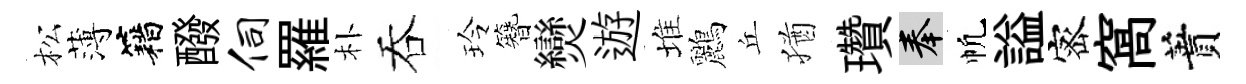
松薄籍醱伺羅朴吞玲簪𤓖遊堆鸝丘猶瓚奉帆謚宻窩蕡